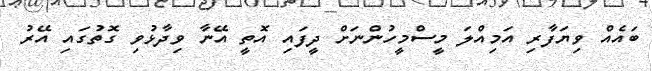
ބައެއް ވިޔަފާރި އަމިއްލަ މީސްމީހުންނަށް ދީފައި އޮތީ އޭނާ ވިދާޅުވި ގޮތުގައި އޭރު